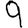
Digit: 9